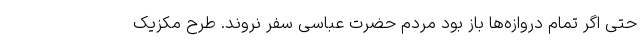
حتی اگر تمام دروازه‌ها باز بود مردم حضرت عباسی سفر نروند. طرح مکزیک